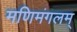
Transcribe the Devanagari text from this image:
मणिमंगलम्